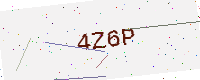
Text: 4Z6P